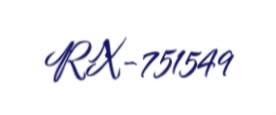
RX-751549